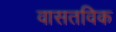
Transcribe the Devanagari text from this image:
वासतविक